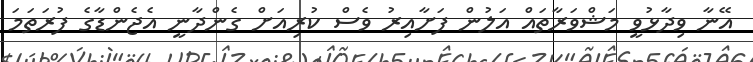
އޭނާ ވިދާޅުވީ މަޝްވަރާތައް އަލުން ފަށާއިރު ވެސް ކުރިއަށް ގެންދާނީ އެޖެންޑާގެ ފުރަތަމަ